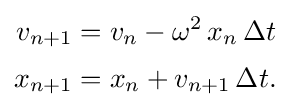
{\begin{aligned}v_{n+1}&=v_{n}-\omega ^{2}\,x_{n}\,\Delta t\\[0.2em]x_{n+1}&=x_{n}+v_{n+1}\,\Delta t.\end{aligned}}